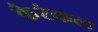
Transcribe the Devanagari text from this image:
कैरंकल